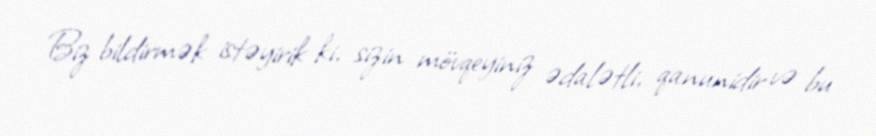
Biz bildirmək istəyirik ki, sizin mövqeyiniz ədalətli, qanunidir və bu